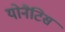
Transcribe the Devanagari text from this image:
योनैटिस